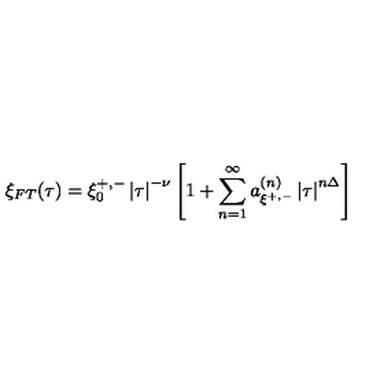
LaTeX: \xi _ { F T } ( \tau ) = \xi _ { 0 } ^ { + , - } \left| \tau \right| ^ { - \nu } \left[ 1 + \sum _ { n = 1 } ^ { \infty } a _ { \xi ^ { + , - } } ^ { \left( n \right) } \left| \tau \right| ^ { n \Delta } \right]